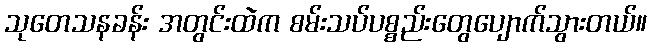
သုတေသနခန်း အတွင်းထဲက စမ်းသပ်ပစ္စည်းတွေပျောက်သွားတယ်။